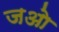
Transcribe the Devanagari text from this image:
जओ